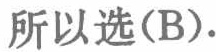
所以选(B).